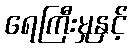
ရေကြီးမှုနှင့်